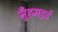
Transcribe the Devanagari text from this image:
मुँहमड़ई